Trukikaitis_Postimees, lk 49
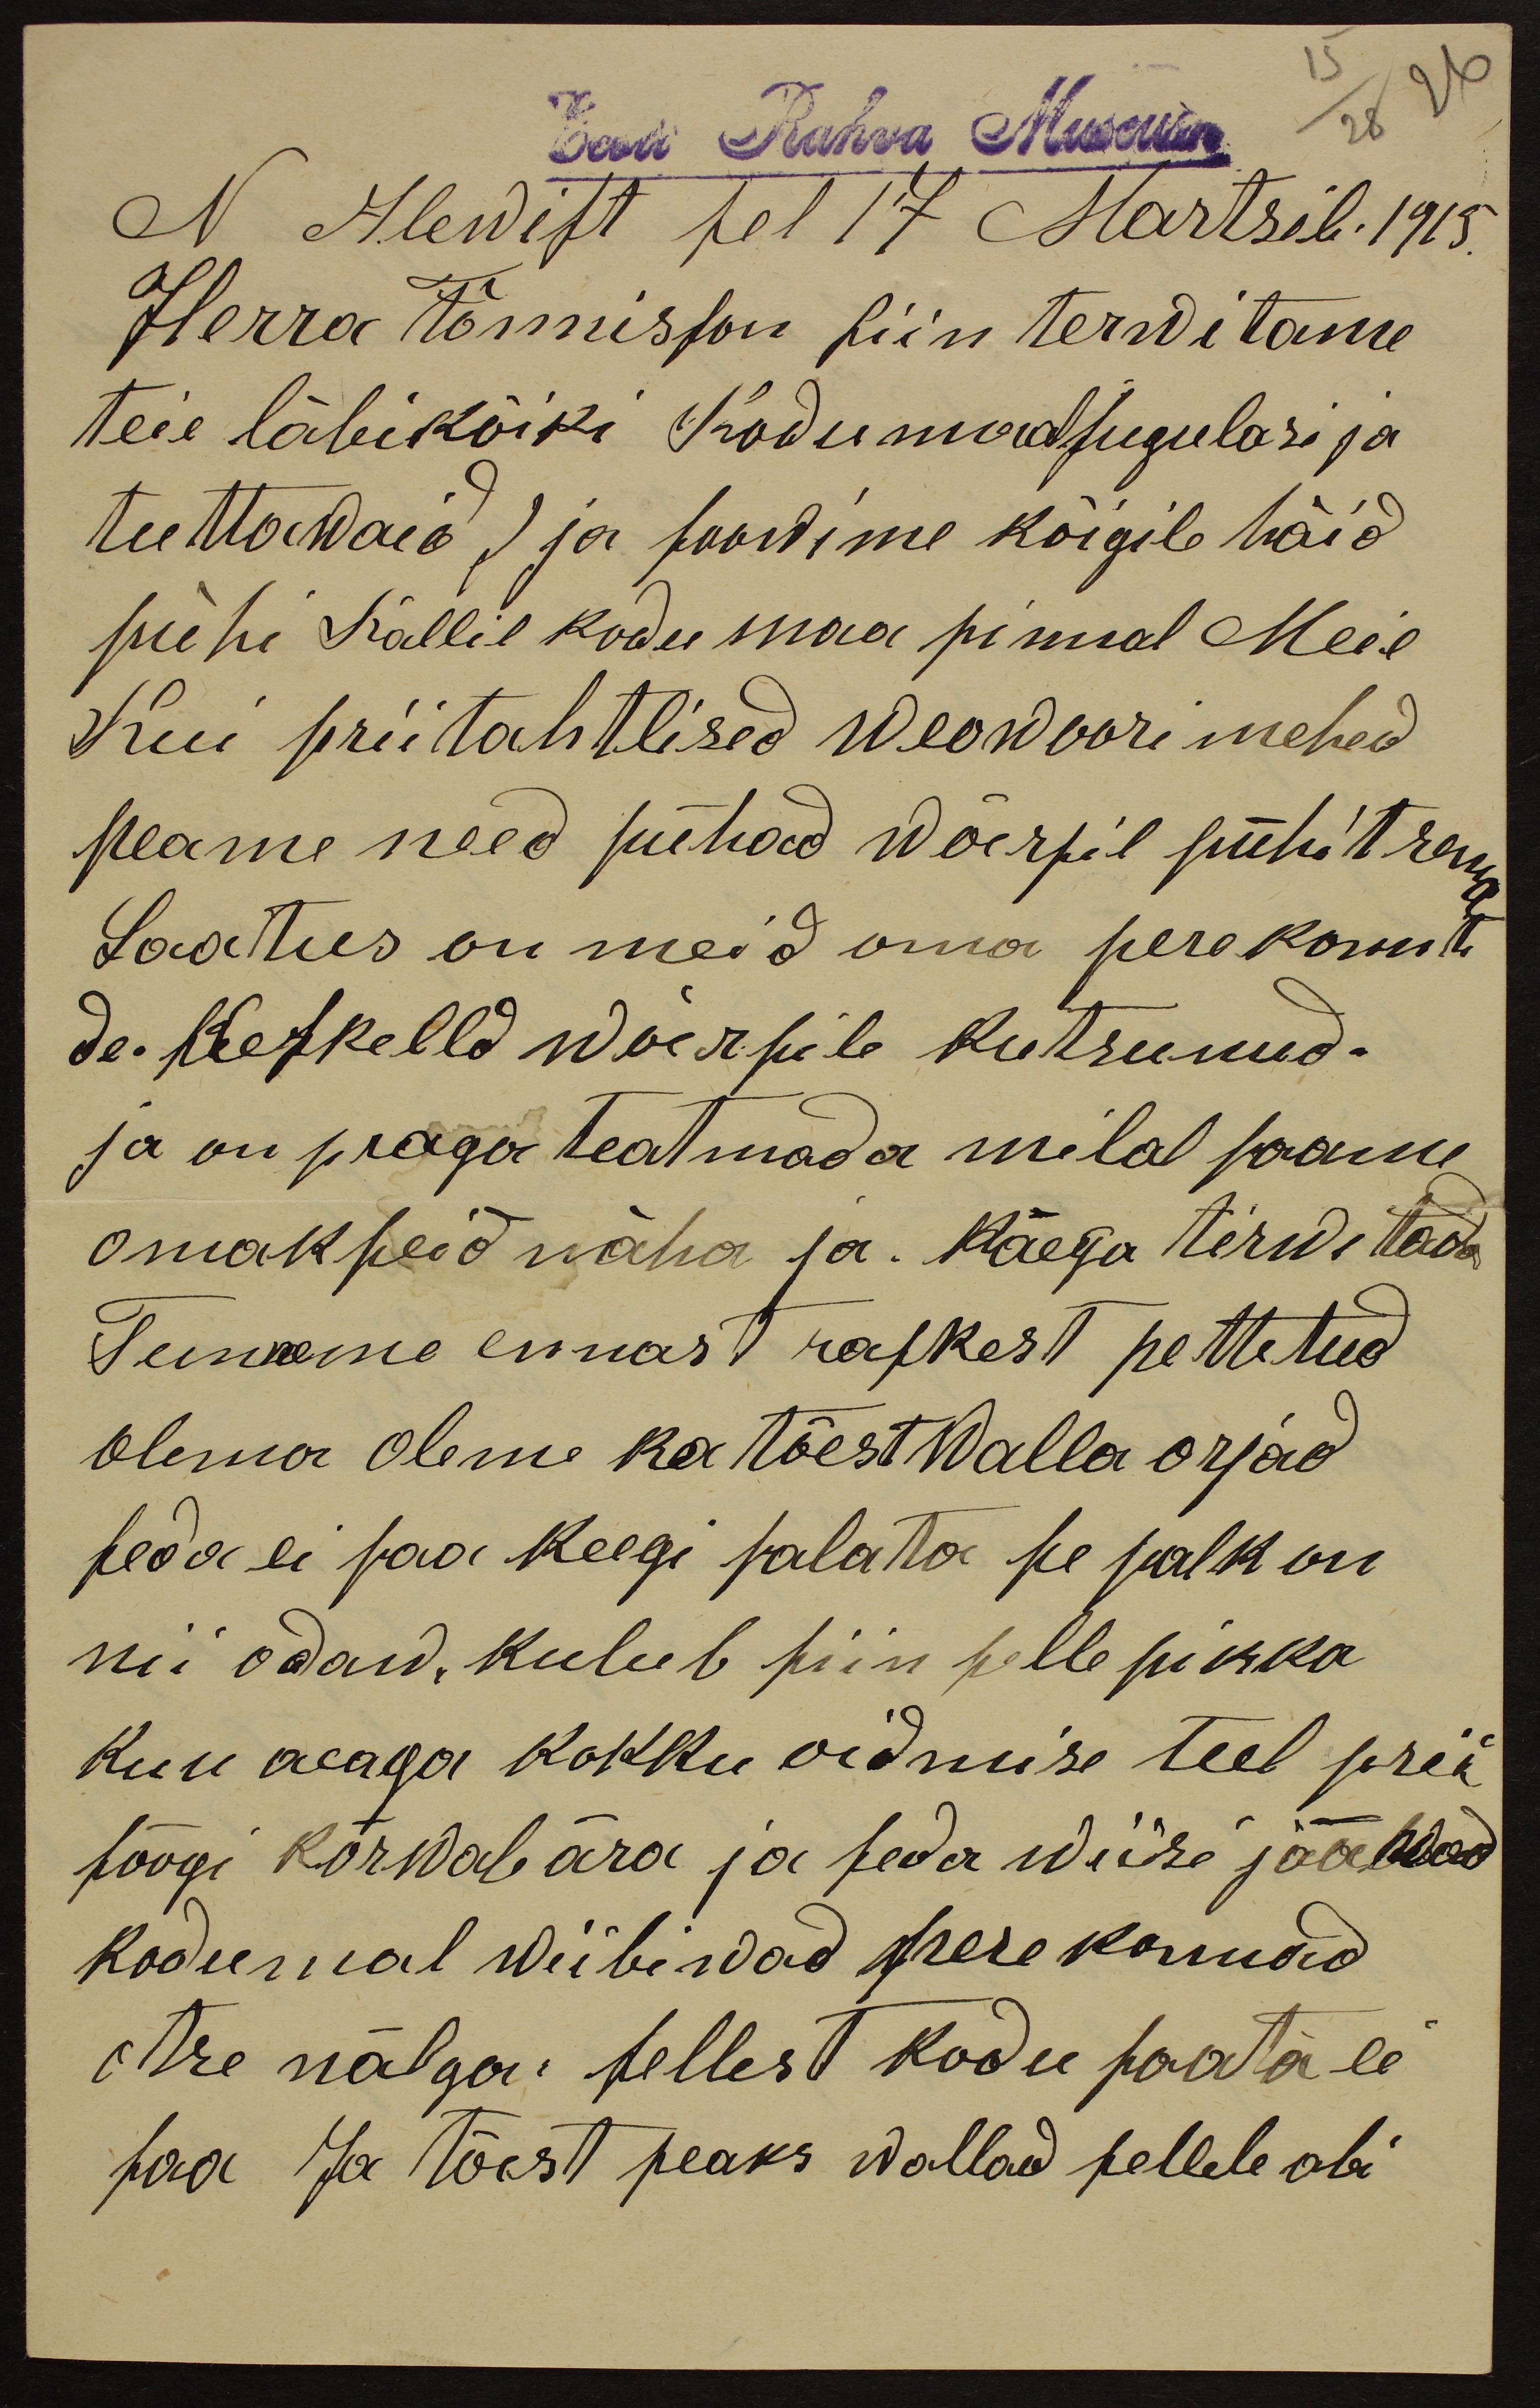
15
Eesti Rahva Museum
28
26
N Alewist sel 17 Martsili 1915.
Herra Tõnnisson siin terwitame
teie läbikõiki Kodumaalsugulasi ja
tuttawaid ) ja soowime kõigile häid
pühi Kallil kodumaa pinnal Meie
Kui priitahtlised weowoorimehed
peame need pühad wõersil pühitsema
Saatus on meid oma perekonnte
de. Keskelld wõersile kutsunud -
ja on praga teatmada milal saame
omakseid näha ja. käega terwitada
Tunneme ennast raskest pettetud
olema oleme ka tõest Walla orjad
seda ei saa keegi salata se palk on
nii odaw, kulub siin selle pikka
kuu aeaga kokku oidmise teel prii
söögi kõrwale ära ja seda wiisi jääwad
kodumal wiibiwad perekonnad
otse nälga: sellest kodu saata ei
saa Ja tõest peaks wallad sellele abi